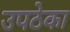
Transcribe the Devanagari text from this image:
उपठेका